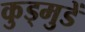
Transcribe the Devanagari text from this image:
कुड्मुडें